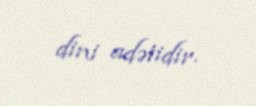
dini adətidir.